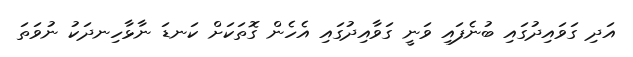
އަދި ގަވައިދުގައި ބުނެފައި ވަނީ ގަވާއިދުގައި އެހެން ގޮތަކަށް ކަނޑަ ނާޅާހިނދަކު ނުވަތަ